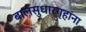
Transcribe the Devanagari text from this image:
बालसुधारगृहांना